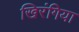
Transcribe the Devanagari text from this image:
खिरंगिया